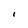
Character: I